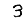
Digit: 3